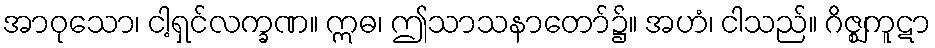
အာဝုသော၊ ငါ့ရှင်လက္ခဏ။ ဣဓ၊ ဤသာသနာတော်၌။ အဟံ၊ ငါသည်။ ဂိဇ္ဈကူဋာ